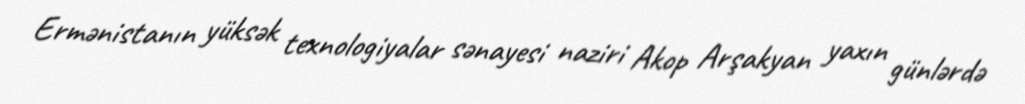
Ermənistanın yüksək texnologiyalar sənayesi naziri Akop Arşakyan yaxın günlərdə